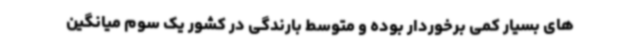
های بسیار کمی برخوردار بوده و متوسط بارندگی در کشور یک سوم میانگین